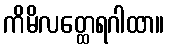
ကိမိလတ္ထေရဂါထာ။